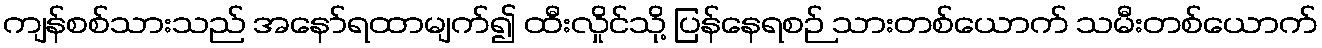
ကျန်စစ်သားသည် အနော်ရထာမျက်၍ ထီးလှိုင်သို့ ပြန်နေရစဉ် သားတစ်ယောက် သမီးတစ်ယောက်